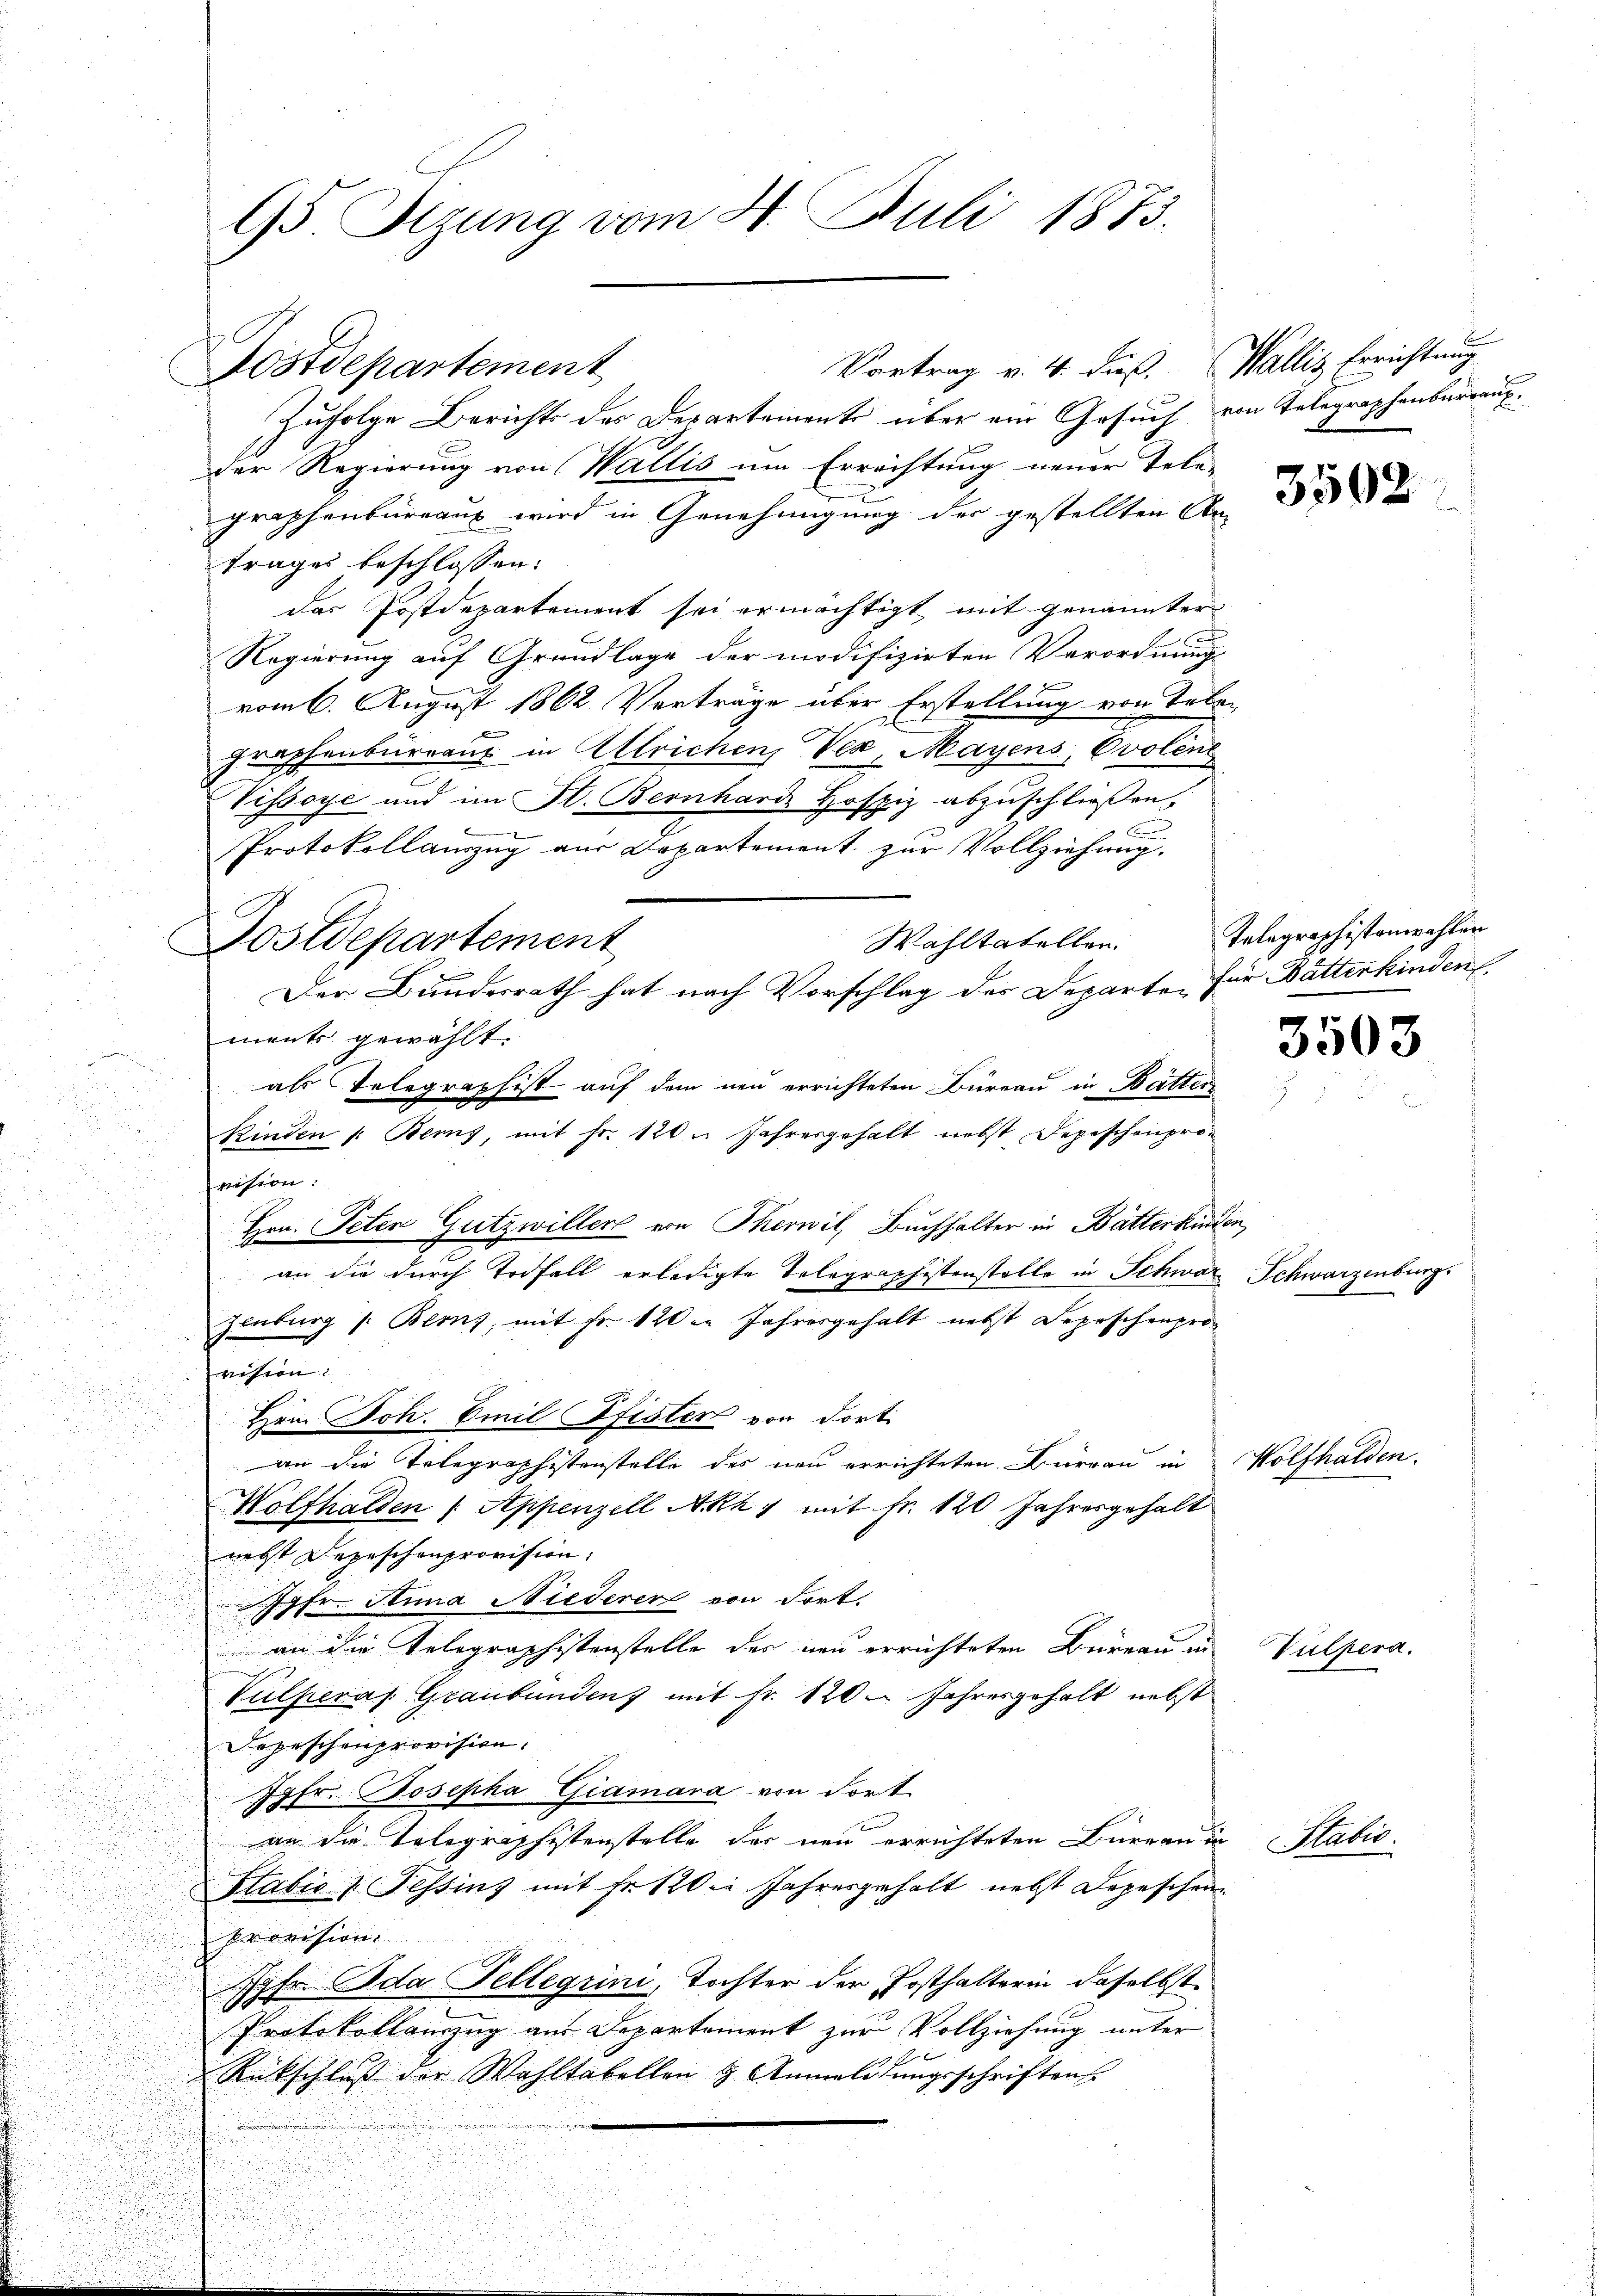
95 Sizung vom 4. Juli 1873.

Vortrag v. 4. dieß. Wallis Errichtung
Zufolge Berichts des Departement über ein Gesuch von Telegraphenbureaux.
der Regierung von Wallis um Errichtung neuer Tele-
graphenbüreaus wird in Genehmigung der gestellten An-
trages beschlossen:
das Postdepartement sei ermächtigt, mit genannter
Regierung auf Grundlage der modifizirten Verordnung
vom 6. August 1862 Verträge über Erstellung von Leben
graphenburranz in Ulrichen, Ver Mayens, Ovolene
Vissoye und im Fl. Bernhard Hospiz abzuschließen,

Protokollanzug aus Departement zur Vollziehung,
Wahltatellen.
¬
ments gewählt.

e

als Telegraphist auf dem neu errichteten Büreau in Batten

 Kinden 1: Berns, mit fr. 120 n Jahresgehalt nebst Depeschenpro¬
8
vision:

25
Hrn. Peten Gutzwiller von Therwil, Buchhalter in Bätterkinden,
r
.
an die durch Todfall erledigte Telegraphistenstelle in Schweiz Schwarzenburg.
d
u
Zinburg (: Berns, mit Fr. 120 in Jahresgehalt nebst Depeschenprovision.
u

Hrn. Joh. Emil Pfister von dort.

u
an die Telegraphistenstelle des neu errichteten Büreau in
Wolfhalden /: Appenzell Akk 1 mit Fr. 120 Jahresgehalt
nebst Depeschenprovision.
Ifr. Anna Niederen von dort.
an die Telegraphistenstelle der neu errichteten Bureau in
Vulperas Graubündenz mit fr. 120. Jahresgehalt nebst
¬
Depeschenprovision.
.
Jgfr. Josepha Giamana von dort

an die Telegraphistenstelle der neu errichteten Büreau in
Stabis z. Tessins mit Fr. 12 die Jahresgehalt nebst Depeschen
Provision
Hofa Ada Tellegiini, Tochter der Posthalterin daselbst
Protokollauszug aus Departement zur Vollziehung unter
Rückschluß der Wahltabellen & Anmeldungsschriften

Nostdepartement

Postdepartement

Der Bundesrath hat nach Vorschlag des Departe für Butterkinden.

3502

Telegraphistanzahlen

Wolfhalden.

Vulpera.

3503

Stabis.